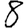
Digit: 8